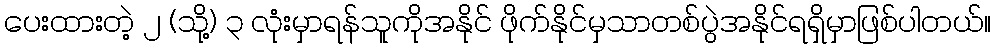
ပေးထားတဲ့ ၂ (သို့) ၃ လုံးမှာရန်သူကိုအနိုင် ဖိုက်နိုင်မှသာတစ်ပွဲအနိုင်ရရှိမှာဖြစ်ပါတယ်။